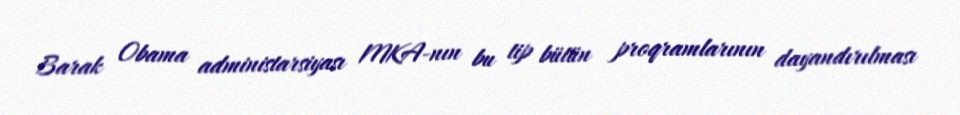
Barak Obama administarsiyası MKA-nın bu tip bütün proqramlarının dayandırılması